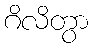
ဂိလိတွာ